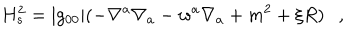
H _ { s } ^ { 2 } = | g _ { 0 0 } | ( - \nabla ^ { a } \nabla _ { a } - w ^ { a } \nabla _ { a } + m ^ { 2 } + \xi R ) ,